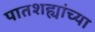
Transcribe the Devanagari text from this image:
पातशह्यांच्या